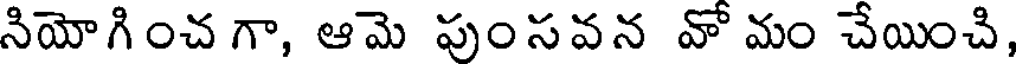
నియోగించ గా, ఆమె పుంసవన వో మం చేయించి,